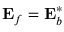
\ensuremath { \mathbf { E } _ { f } } = \ensuremath { \mathbf { E } _ { b } } ^ { * }